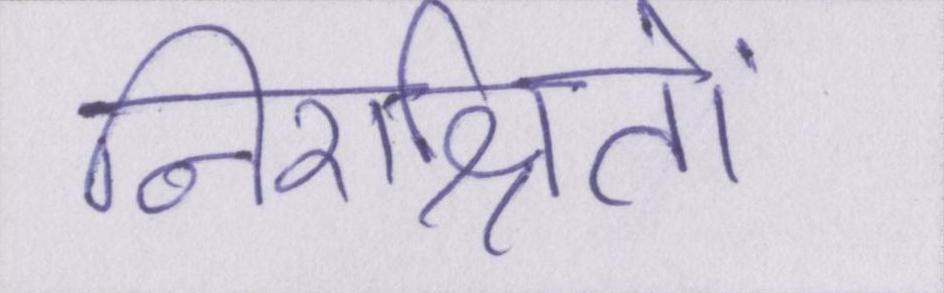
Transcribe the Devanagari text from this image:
निराश्रितों